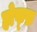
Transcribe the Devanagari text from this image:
होफ्फ़